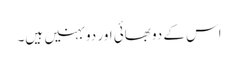
اس کے دو بھائی اور دو بہنیں ہیں۔